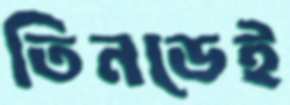
তিনডেই